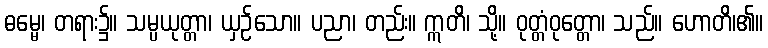
ဓမ္မေ၊ တရား၌။ သမ္ပယုတ္တာ၊ ယှဉ်သော။ ပညာ၊ တည်း။ ဣတိ၊ သို့။ ဝုတ္တံဝုတ္တော၊ သည်။ ဟောတိ၊၏။